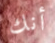
أنك